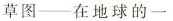
草图——在地球的一